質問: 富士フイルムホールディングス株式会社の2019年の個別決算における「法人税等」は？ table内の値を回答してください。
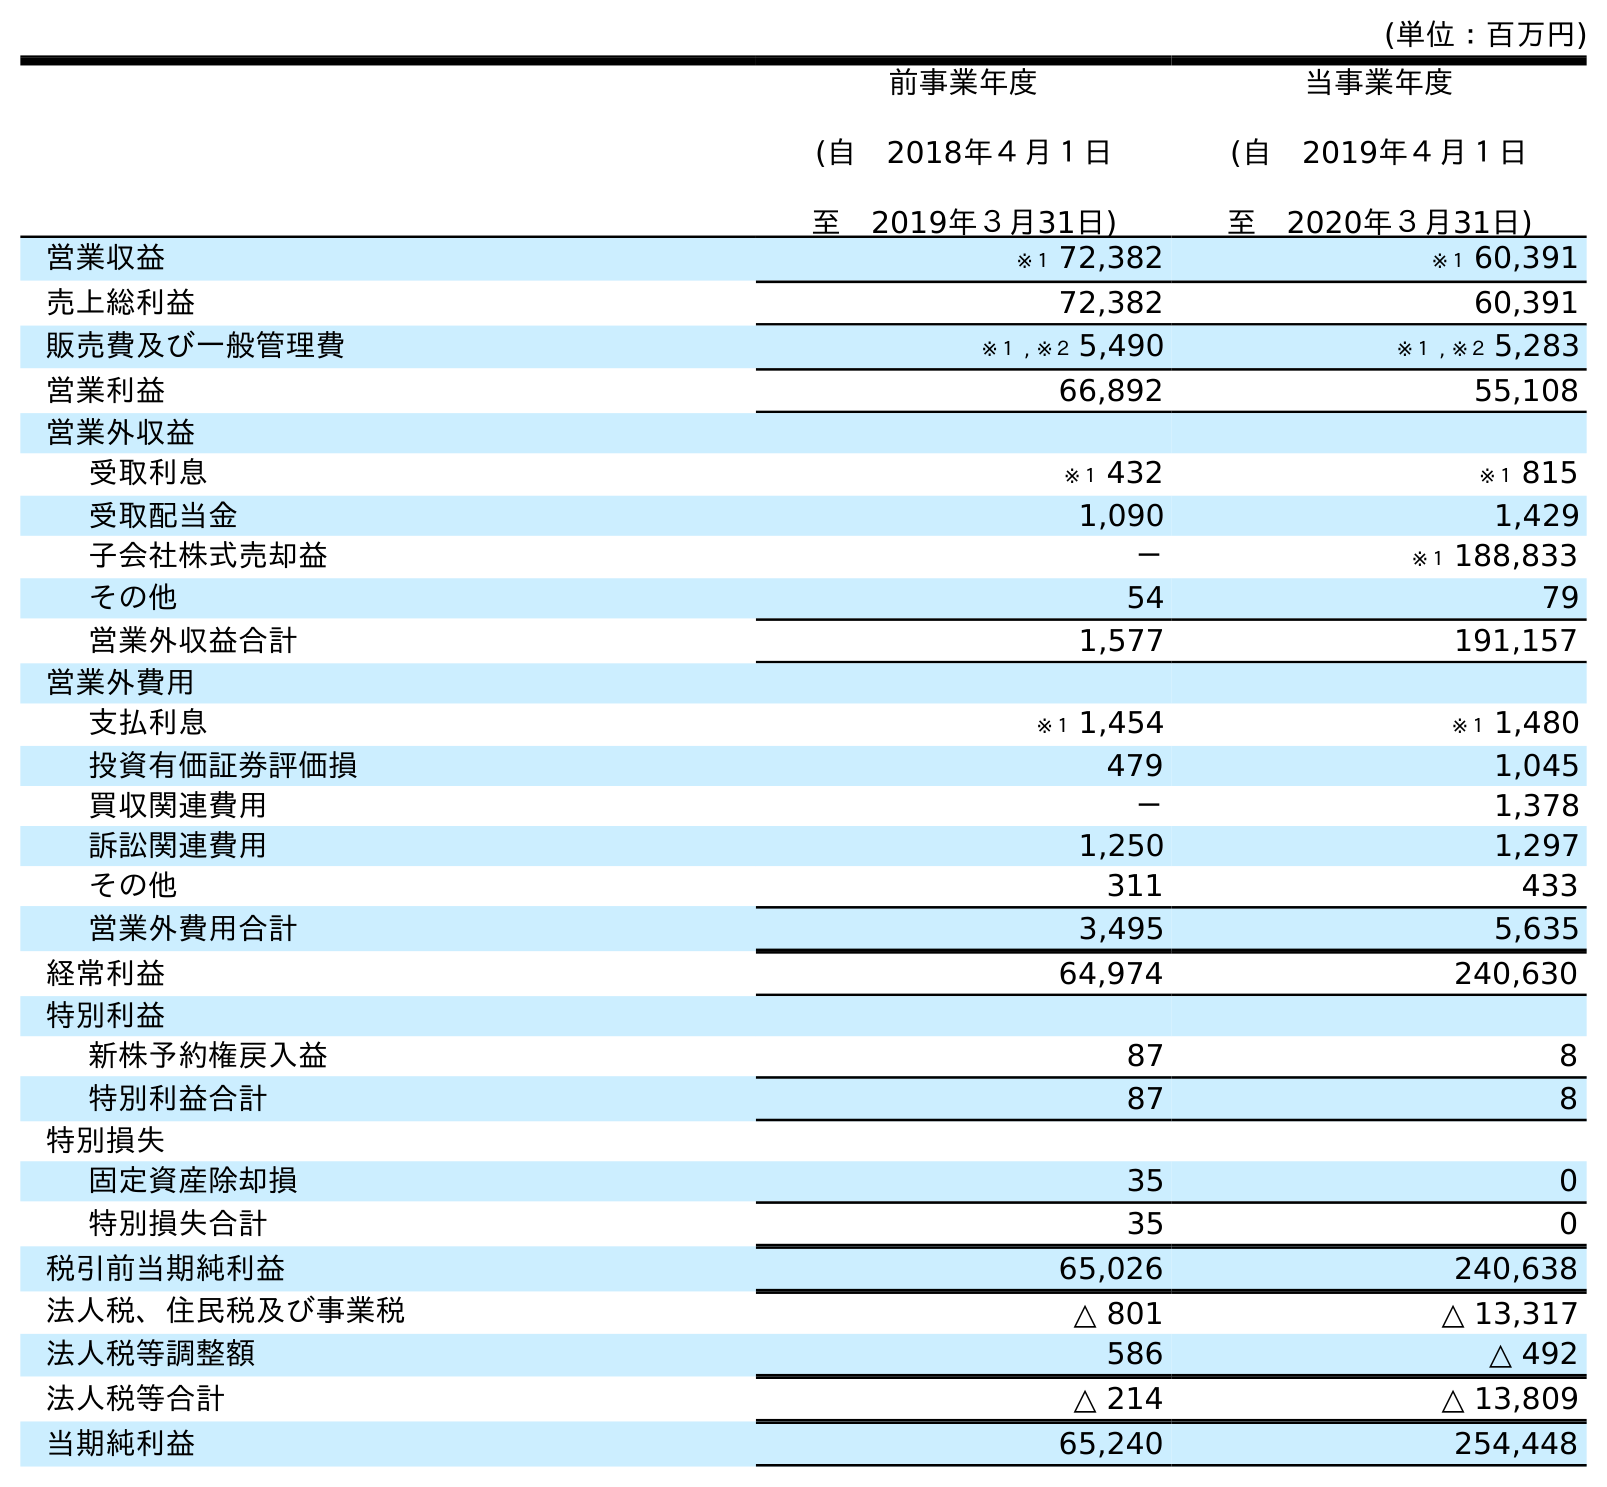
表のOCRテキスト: (単位：百万円) 前事業年度 (自 2018年４月１日 至 2019年３月31日) 当事業年度 (自 2019年４月１日 至 2020年３月31日) 営業収益 ※１ 72,382 ※１ 60,391 売上総利益 72,382 60,391 販売費及び一般管理費 ※１ , ※２ 5,490 ※１ , ※２ 5,283 営業利益 66,892 55,108 営業外収益 受取利息 ※１ 432 ※１ 815 受取配当金 1,090 1,429 子会社株式売却益 － ※１ 188,833 その他 54 79 営業外収益合計 1,577 191,157 営業外費用 支払利息 ※１ 1,454 ※１ 1,480 投資有価証券評価損 479 1,045 買収関連費用 － 1,378 訴訟関連費用 1,250 1,297 その他 311 433 営業外費用合計 3,495 5,635 経常利益 64,974 240,630 特別利益 新株予約権戻入益 87 8 特別利益合計 87 8 特別損失 固定資産除却損 35 0 特別損失合計 35 0 税引前当期純利益 65,026 240,638 法人税、住民税及び事業税 △ 801 △ 13,317 法人税等調整額 586 △ 492 法人税等合計 △ 214 △ 13,809 当期純利益 65,240 254,448
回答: △214